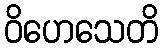
ဝိဟေသေတိ